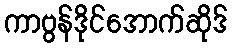
ကာဗွန်ဒိုင်အောက်ဆိုဒ်